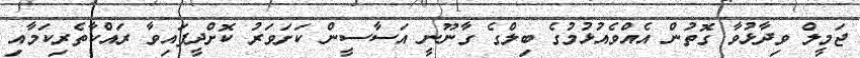
ޖަމީލް ވިދާޅުވާ ގޮތުން އެއްވެއުޅުމުގެ ބިލްގެ ގާނޫނީ އަސާސީން ކަށަވަރު ކޮށްދީފައިވާ ރައްކާތެރިކަމާއި